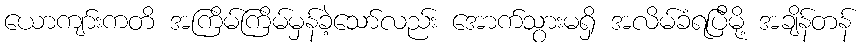
ယောကျာ်းကတိ အကြိမ်ကြိမ်မှန်ခဲ့သော်လည်း အောက်သွားမရှိ အလိမ်ခံရပြီမို့ အချိန်တန်